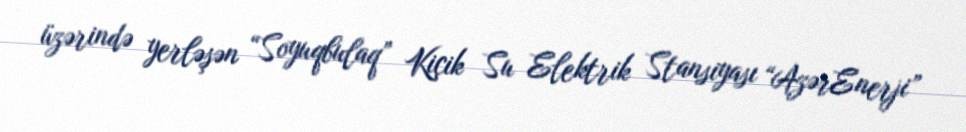
üzərində yerləşən “Soyuqbulaq” Kiçik Su Elektrik Stansiyası “AzərEnerji”